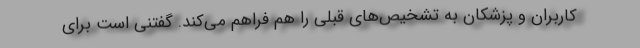
کاربران و پزشکان به تشخیص‌های قبلی را هم فراهم می‌کند. گفتنی است برای